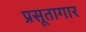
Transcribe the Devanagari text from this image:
प्रसूतागार